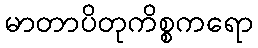
မာတာပိတုကိစ္စကရော